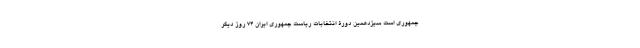
جمهوری است سیزدهمین دورۀ انتخابات ریاست جمهوری ایران 74 روز دیگر